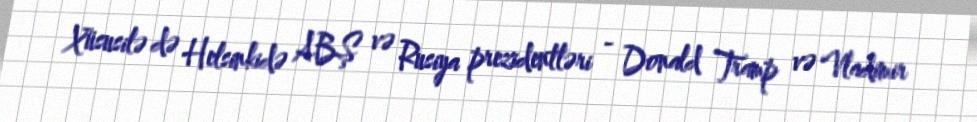
Xüsusilə də Helsinkidə ABŞ və Rusiya prezidentləri - Donald Tramp və Vladimir